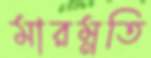
মারম্নতি